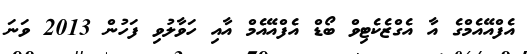
އެފްއޭއެމްގެ އާ އެގްޒެކެޓިވް ބޯޑް އެފްއޭއެމް އާއި ހަވާލުވި ފަހުން 2013 ވަނަ